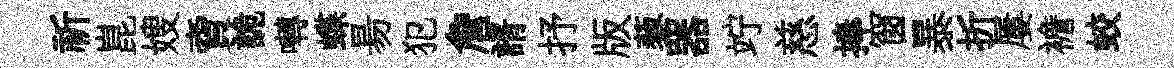
祈崑嫂𧶠詭囀蝶昜犯詹諝抒版藜器竚慈捧窗暴折屢襜蛟